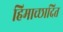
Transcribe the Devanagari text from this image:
हिमाच्‍छादित